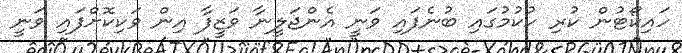
ހައިކޯޓުން ކުރި ހުކުމުގައި ބުނެފައި ވަނީ އެންޖަލީނާ ވަޒީފާ އިން ވަކިކޮށްފައި ވަނީ